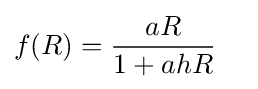
{\begin{aligned}f(R)&={\frac {aR}{1+ahR}}\end{aligned}}